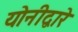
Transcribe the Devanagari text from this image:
योनीद्वारे